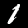
Digit: 1